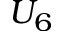
U _ { 6 }